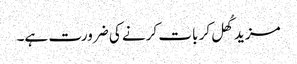
مزید کُھل کر بات کرنے کی ضرورت ہے۔